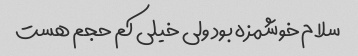
سلام خوشمزه بود ولی خیلی کم حجم هست